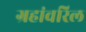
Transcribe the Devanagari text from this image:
ग्रहांवरिल